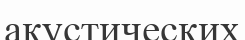
акустических